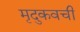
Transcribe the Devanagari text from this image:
मृदुकवची